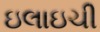
ઇલાઇચી